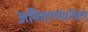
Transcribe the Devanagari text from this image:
अमितान्योधयेद्यस्तु